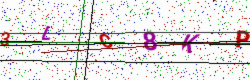
Text: 3LC8KP